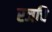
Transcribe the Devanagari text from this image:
रजचि